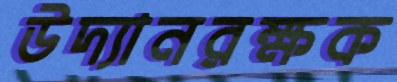
উদ্যানরক্ষক